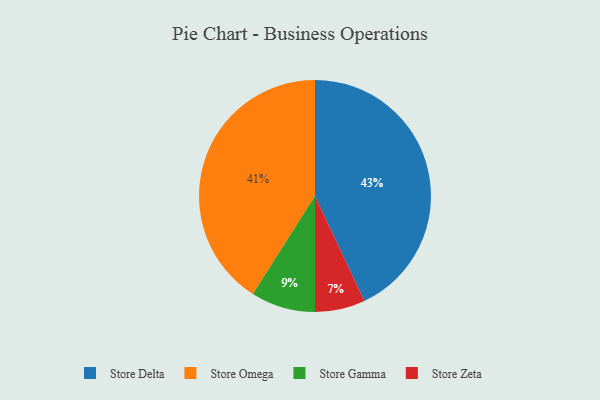
{"axis": {"x": "Category", "y": "Percentage"}, "legend": ["Store Delta", "Store Gamma", "Store Omega", "Store Zeta"], "data": [{"x": "Store Gamma", "y": 9, "type": "Store Gamma"}, {"x": "Store Delta", "y": 43, "type": "Store Delta"}, {"x": "Store Zeta", "y": 7, "type": "Store Zeta"}, {"x": "Store Omega", "y": 41, "type": "Store Omega"}]}